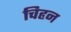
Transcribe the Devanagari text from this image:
चिहृन